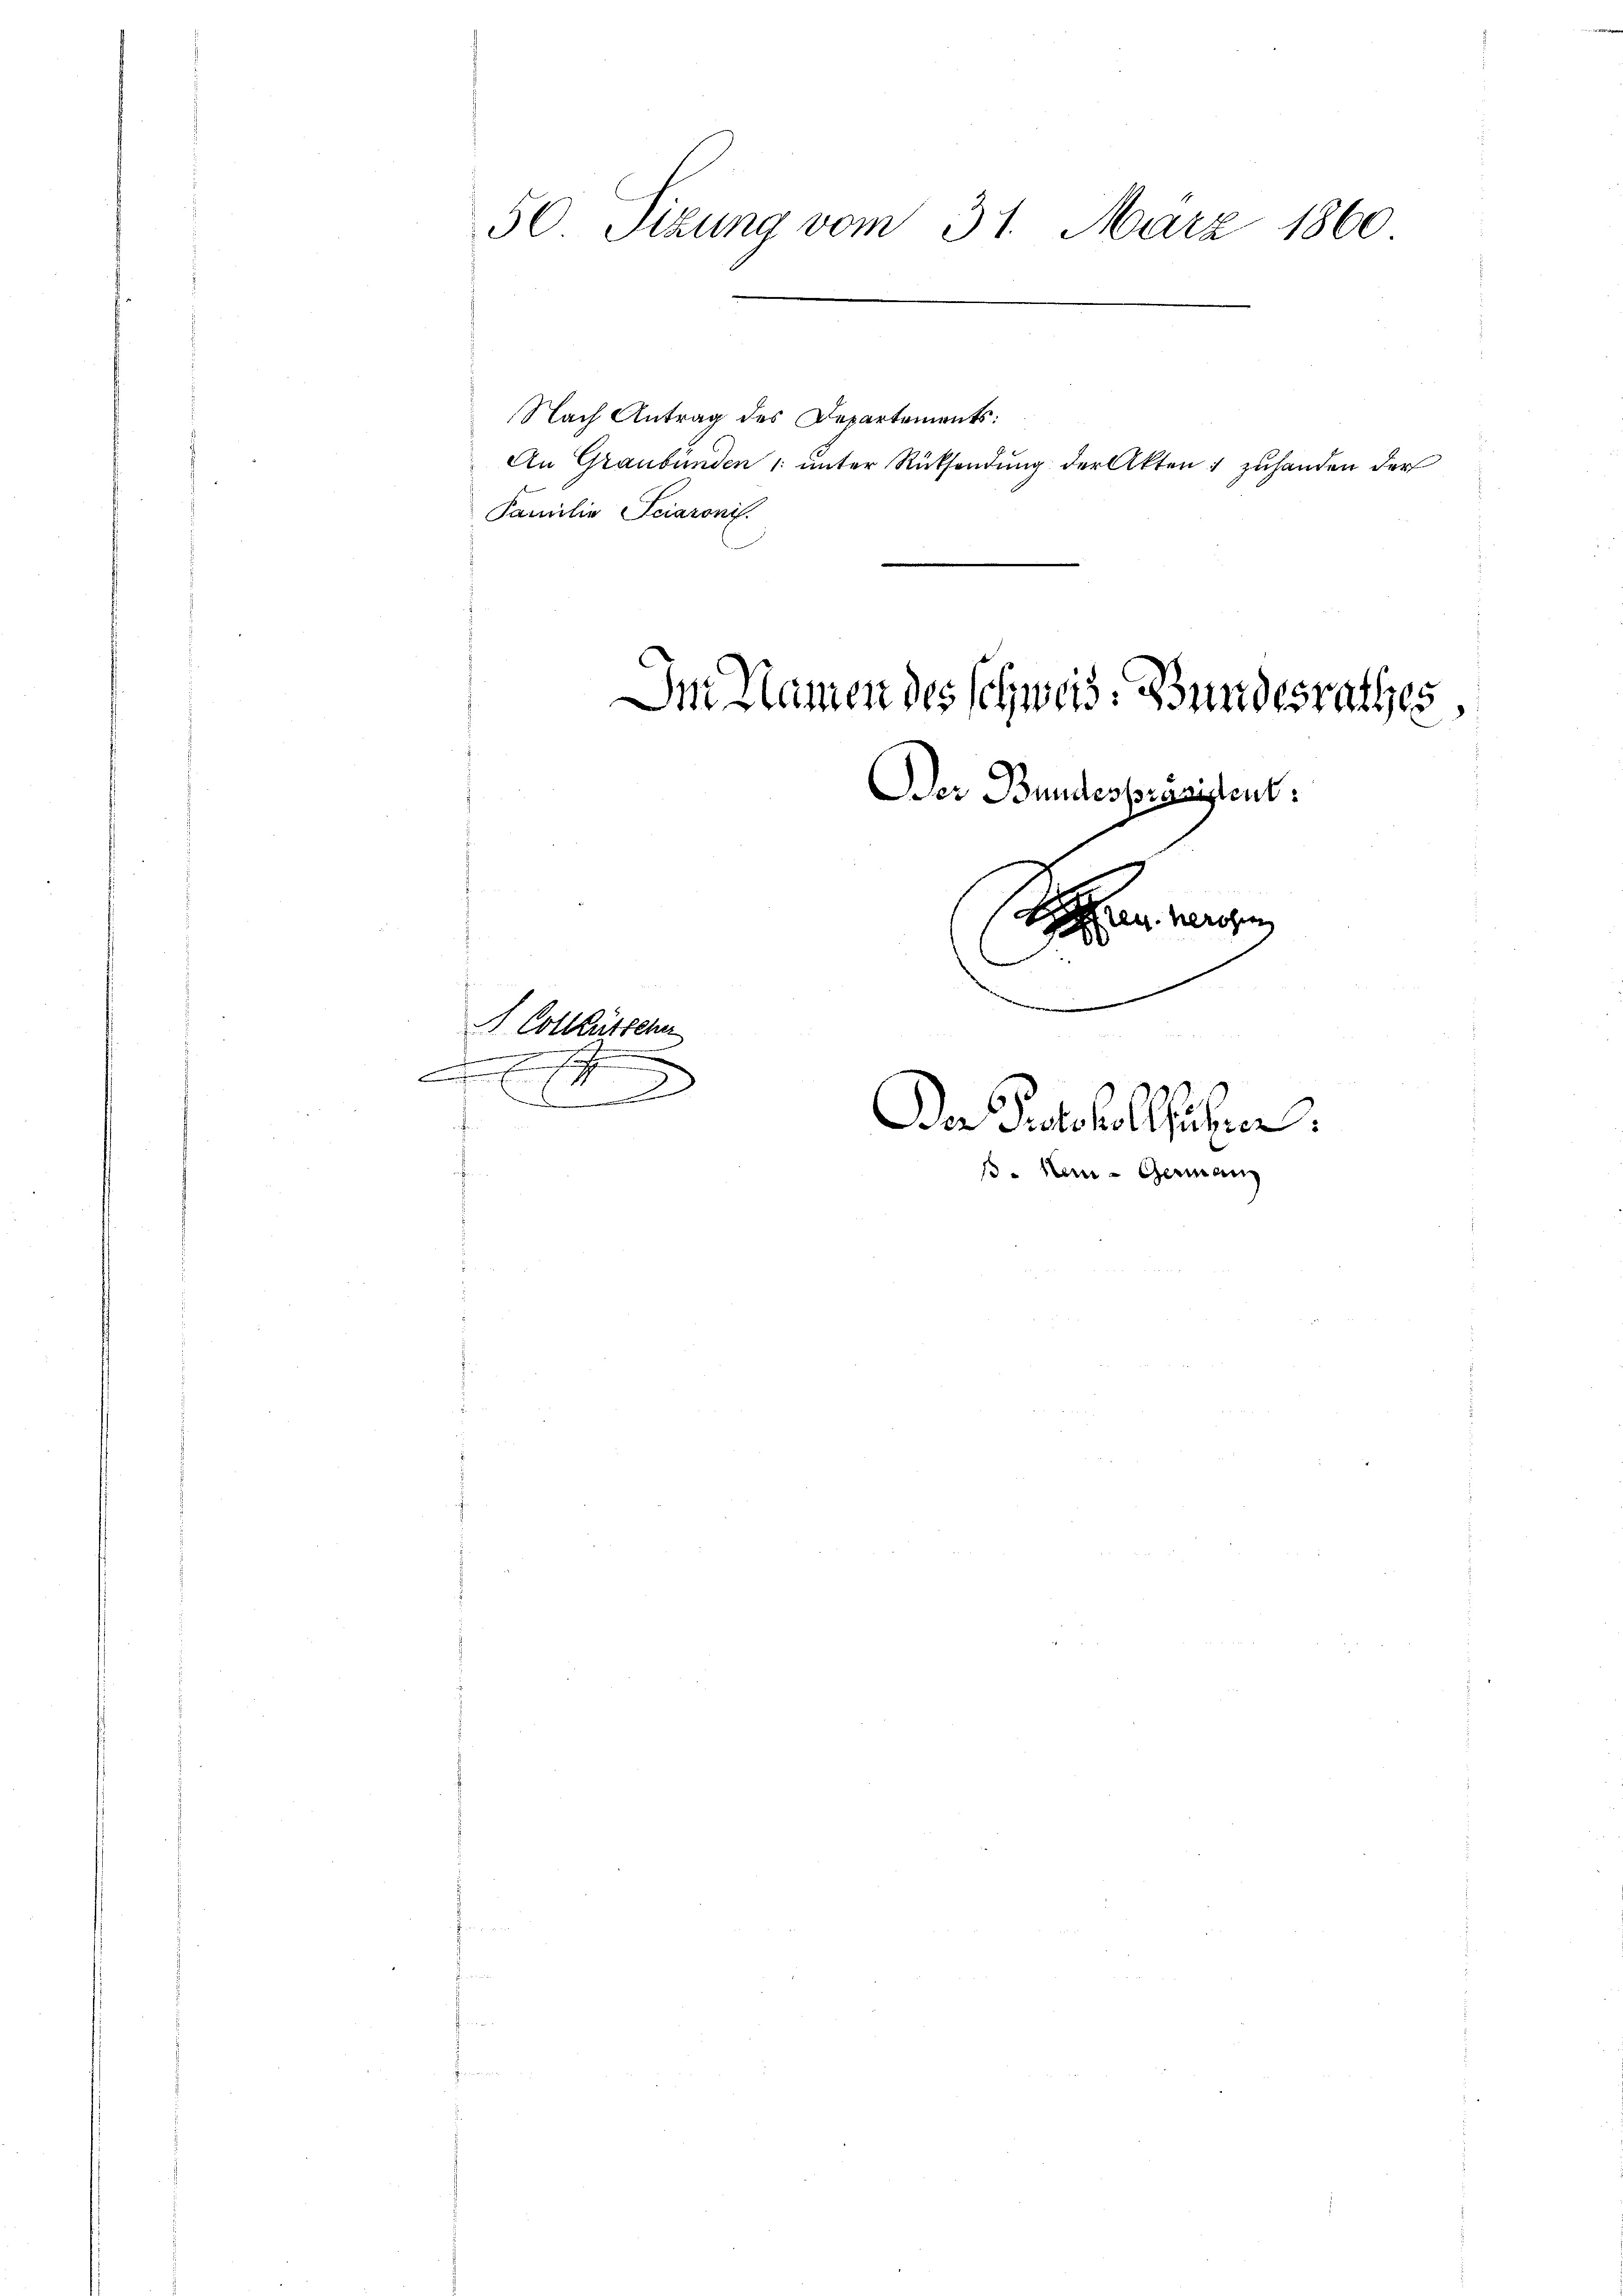
50 Sizung vom 31. März 1860

Nach Antrag des Departements:
Familie Sciaronis.

S. Collütten
enedienen einen
nen Einfachen

.

Im Namen des Schweis. Bundesrathes,
Der Bundesprämistent.
St.
 wissen
e
.
.
Da Protokollführen.
. Am - Germann

An Graubünden 1 unter Rücksendung der Akten 1 zuhanden der